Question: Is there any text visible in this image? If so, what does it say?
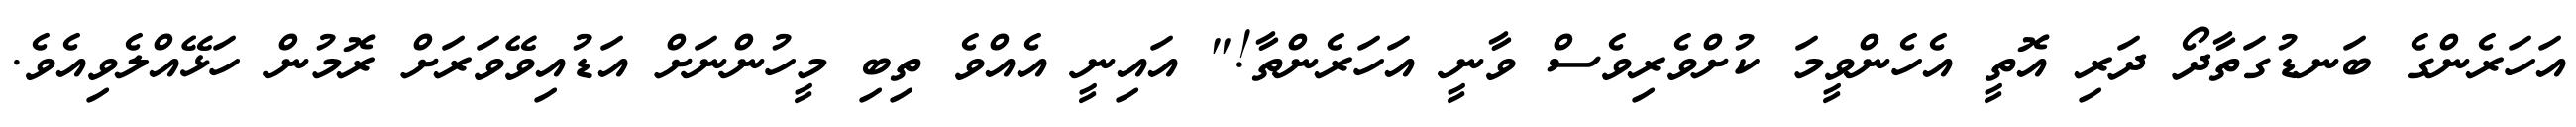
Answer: އަހަރެންގެ ބަނޑުގަތާދޯ ދަރި އޮތީ އެހެންވީމަ ކުށްވެރިވެސް ވާނީ އަހަރެންތާ!" އައިނީ އެއްވެ ތިބި މީހުންނަށް އަޑުއިވޭވަރަށް ރޮމުން ހަޅޭއްލެވިއެވެ.